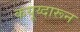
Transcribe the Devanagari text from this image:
कयूय्दारून